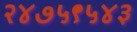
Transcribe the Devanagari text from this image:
२४७५९५४३